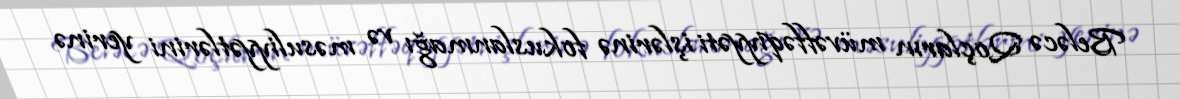
Beləcə Qoçların müvəffəqiyyəti işlərinə fokuslanmağı və məsuliyyətlərini yerinə